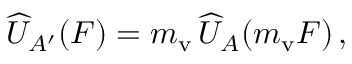
\widehat U _ { A ^ { \prime } } ( \boldsymbol F ) = m _ { \mathrm { v } } \, \widehat U _ { A } ( m _ { \mathrm { v } } \boldsymbol F ) \, ,